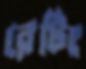
রেটিং